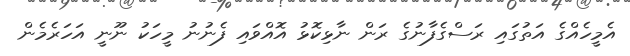
އެމީހެއްގެ އަތުގައި ރަސްގެފާނުގެ ރަން ނާޅިކޮޅު އޮއްވައި ފެނުނު މީހަކު ނޫނީ އަހަރެމެން